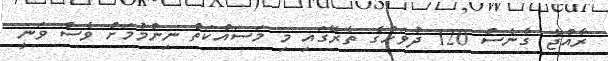
ރާއްޖެ ގެނެސް 120 ދުވަހުގެ ތެރޭގައި މި މަސައްކަތް ނިންމުމަށް ވެސް ވަނީ